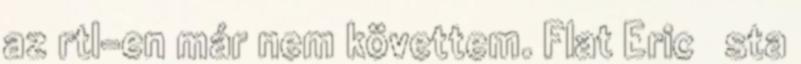
az rtl-en már nem követtem. Flat Eric sta